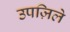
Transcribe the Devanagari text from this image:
उपज़िले